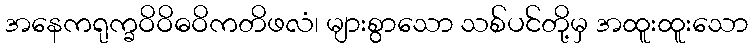
အနေကရုက္ခဝိဝိဓဝိကတိဖလံ၊ များစွာသော သစ်ပင်တို့မှ အထူးထူးသော